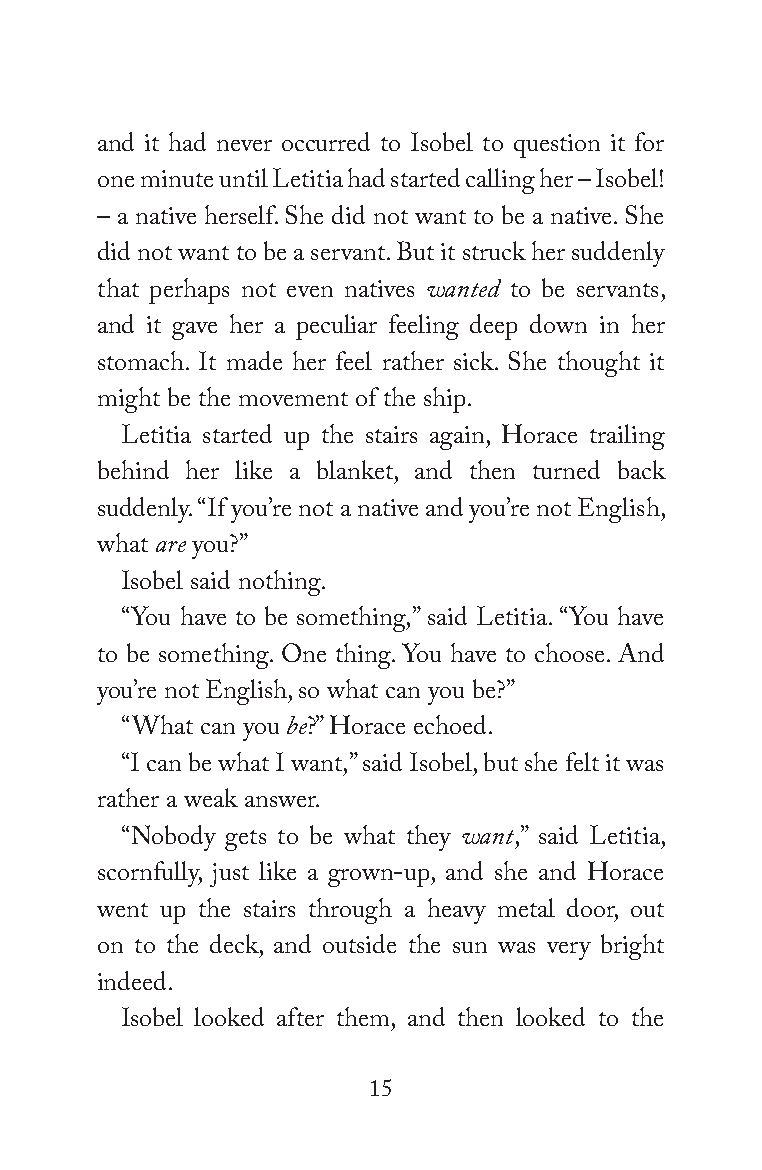
and it had never occurred to Isobel to question it for
 one minute until Letitia had started calling her – Isobel!
 – a native herself. She did not want to be a native. She
 did not want to be a servant. But it struck her suddenly
 that perhaps not even natives wanted to be servants,
 and it gave her a peculiar feeling deep down in her
 stomach. It made her feel rather sick. She thought it
 might be the movement of the ship.
 Letitia started up the stairs again, Horace trailing
 behind her like a blanket, and then turned back
 suddenly. “If you’re not a native and you’re not English,
 what are you?”
 Isobel said nothing.
 “You have to be something,” said Letitia. “You have
 to be something. One thing. You have to choose. And
 you’re not English, so what can you be?”
 “What can you be?” Horace echoed.
 “I can be what I want,” said Isobel, but she felt it was
 rather a weak answer.
 “Nobody gets to be what they want,” said Letitia,
 scornfully, just like a grown-up, and she and Horace
 went up the stairs through a heavy metal door, out
 on to the deck, and outside the sun was very bright
 indeed.
 Isobel looked after them, and then looked to the
 15